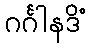
ဂင်္ဂါနဒိံ